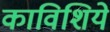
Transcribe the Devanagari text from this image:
काविशिये